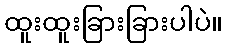
ထူးထူးခြားခြားပါပဲ။